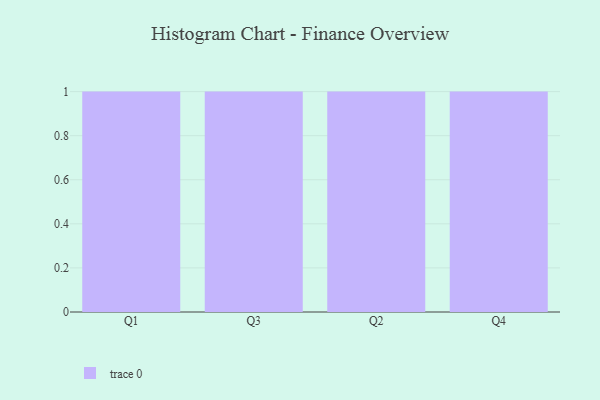
{"axis": {"x": "Quarter", "y": "Operating Costs (USD K)"}, "legend": [""], "data": [{"x": "Q1", "y": 4, "type": ""}, {"x": "Q3", "y": 25, "type": ""}, {"x": "Q2", "y": 48, "type": ""}, {"x": "Q4", "y": 35, "type": ""}]}